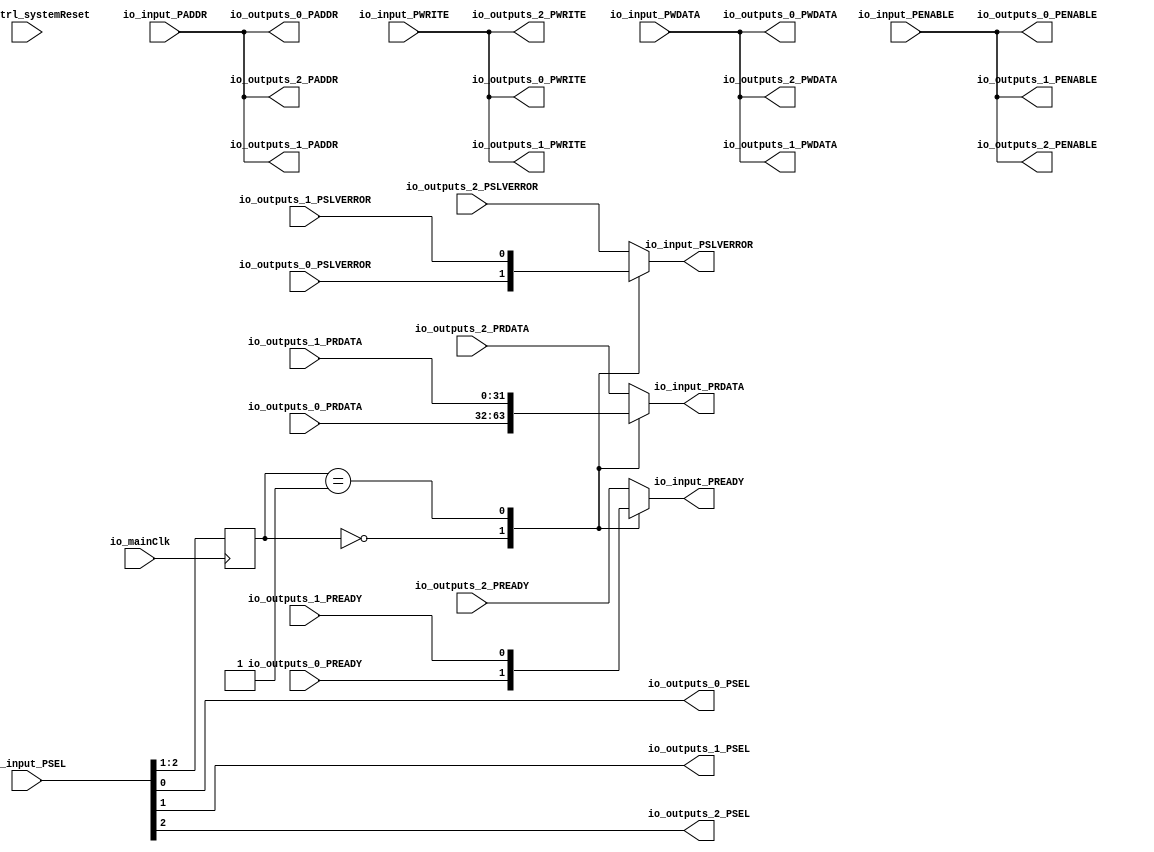
module Apb3Router (
      input  [19:0] io_input_PADDR,
      input  [2:0] io_input_PSEL,
      input   io_input_PENABLE,
      output  io_input_PREADY,
      input   io_input_PWRITE,
      input  [31:0] io_input_PWDATA,
      output [31:0] io_input_PRDATA,
      output  io_input_PSLVERROR,
      output [19:0] io_outputs_0_PADDR,
      output [0:0] io_outputs_0_PSEL,
      output  io_outputs_0_PENABLE,
      input   io_outputs_0_PREADY,
      output  io_outputs_0_PWRITE,
      output [31:0] io_outputs_0_PWDATA,
      input  [31:0] io_outputs_0_PRDATA,
      input   io_outputs_0_PSLVERROR,
      output [19:0] io_outputs_1_PADDR,
      output [0:0] io_outputs_1_PSEL,
      output  io_outputs_1_PENABLE,
      input   io_outputs_1_PREADY,
      output  io_outputs_1_PWRITE,
      output [31:0] io_outputs_1_PWDATA,
      input  [31:0] io_outputs_1_PRDATA,
      input   io_outputs_1_PSLVERROR,
      output [19:0] io_outputs_2_PADDR,
      output [0:0] io_outputs_2_PSEL,
      output  io_outputs_2_PENABLE,
      input   io_outputs_2_PREADY,
      output  io_outputs_2_PWRITE,
      output [31:0] io_outputs_2_PWDATA,
      input  [31:0] io_outputs_2_PRDATA,
      input   io_outputs_2_PSLVERROR,
      input   io_mainClk,
      input   resetCtrl_systemReset);
  reg  _zz_3;
  reg [31:0] _zz_4;
  reg  _zz_5;
  wire  _zz_1;
  wire  _zz_2;
  reg [1:0] selIndex;
  always @(*) begin
    case(selIndex)
      2'b00 : begin
        _zz_3 = io_outputs_0_PREADY;
        _zz_4 = io_outputs_0_PRDATA;
        _zz_5 = io_outputs_0_PSLVERROR;
      end
      2'b01 : begin
        _zz_3 = io_outputs_1_PREADY;
        _zz_4 = io_outputs_1_PRDATA;
        _zz_5 = io_outputs_1_PSLVERROR;
      end
      default : begin
        _zz_3 = io_outputs_2_PREADY;
        _zz_4 = io_outputs_2_PRDATA;
        _zz_5 = io_outputs_2_PSLVERROR;
      end
    endcase
  end
  assign io_outputs_0_PADDR = io_input_PADDR;
  assign io_outputs_0_PENABLE = io_input_PENABLE;
  assign io_outputs_0_PSEL[0] = io_input_PSEL[0];
  assign io_outputs_0_PWRITE = io_input_PWRITE;
  assign io_outputs_0_PWDATA = io_input_PWDATA;
  assign io_outputs_1_PADDR = io_input_PADDR;
  assign io_outputs_1_PENABLE = io_input_PENABLE;
  assign io_outputs_1_PSEL[0] = io_input_PSEL[1];
  assign io_outputs_1_PWRITE = io_input_PWRITE;
  assign io_outputs_1_PWDATA = io_input_PWDATA;
  assign io_outputs_2_PADDR = io_input_PADDR;
  assign io_outputs_2_PENABLE = io_input_PENABLE;
  assign io_outputs_2_PSEL[0] = io_input_PSEL[2];
  assign io_outputs_2_PWRITE = io_input_PWRITE;
  assign io_outputs_2_PWDATA = io_input_PWDATA;
  assign _zz_1 = io_input_PSEL[1];
  assign _zz_2 = io_input_PSEL[2];
  assign io_input_PREADY = _zz_3;
  assign io_input_PRDATA = _zz_4;
  assign io_input_PSLVERROR = _zz_5;
  always @ (posedge io_mainClk) begin
    selIndex <= {_zz_2,_zz_1};
  end
endmodule